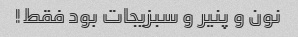
نون و پنیر و سبزیجات بود فقط!